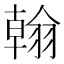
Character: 翰